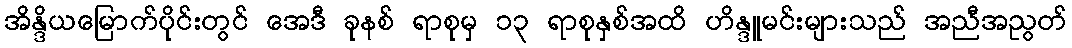
အိန္ဒိယမြောက်ပိုင်းတွင် အေဒီ ခုနစ် ရာစုမှ ၁၃ ရာစုနှစ်အထိ ဟိန္ဒူမင်းများသည် အညီအညွတ်